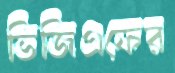
ভিজিএফের